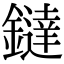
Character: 鐽